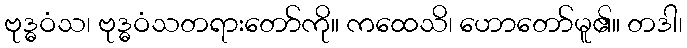
ဗုဒ္ဓဝံသ၊ ဗုဒ္ဓဝံသတရားတော်ကို။ ကထေသိ၊ ဟောတော်မူ၏။ တဒါ၊